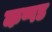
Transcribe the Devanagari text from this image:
कप्पड